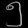
Digit: ၅